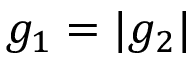
g _ { 1 } = | g _ { 2 } |